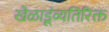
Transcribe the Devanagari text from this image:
खेळाडूंव्यतिरिक्त